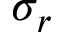
\sigma _ { r }